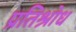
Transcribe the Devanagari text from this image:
प्रतिश्रोध